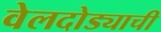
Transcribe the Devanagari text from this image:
वेलदोड्याची